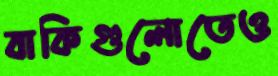
বাকিগুলোতেও